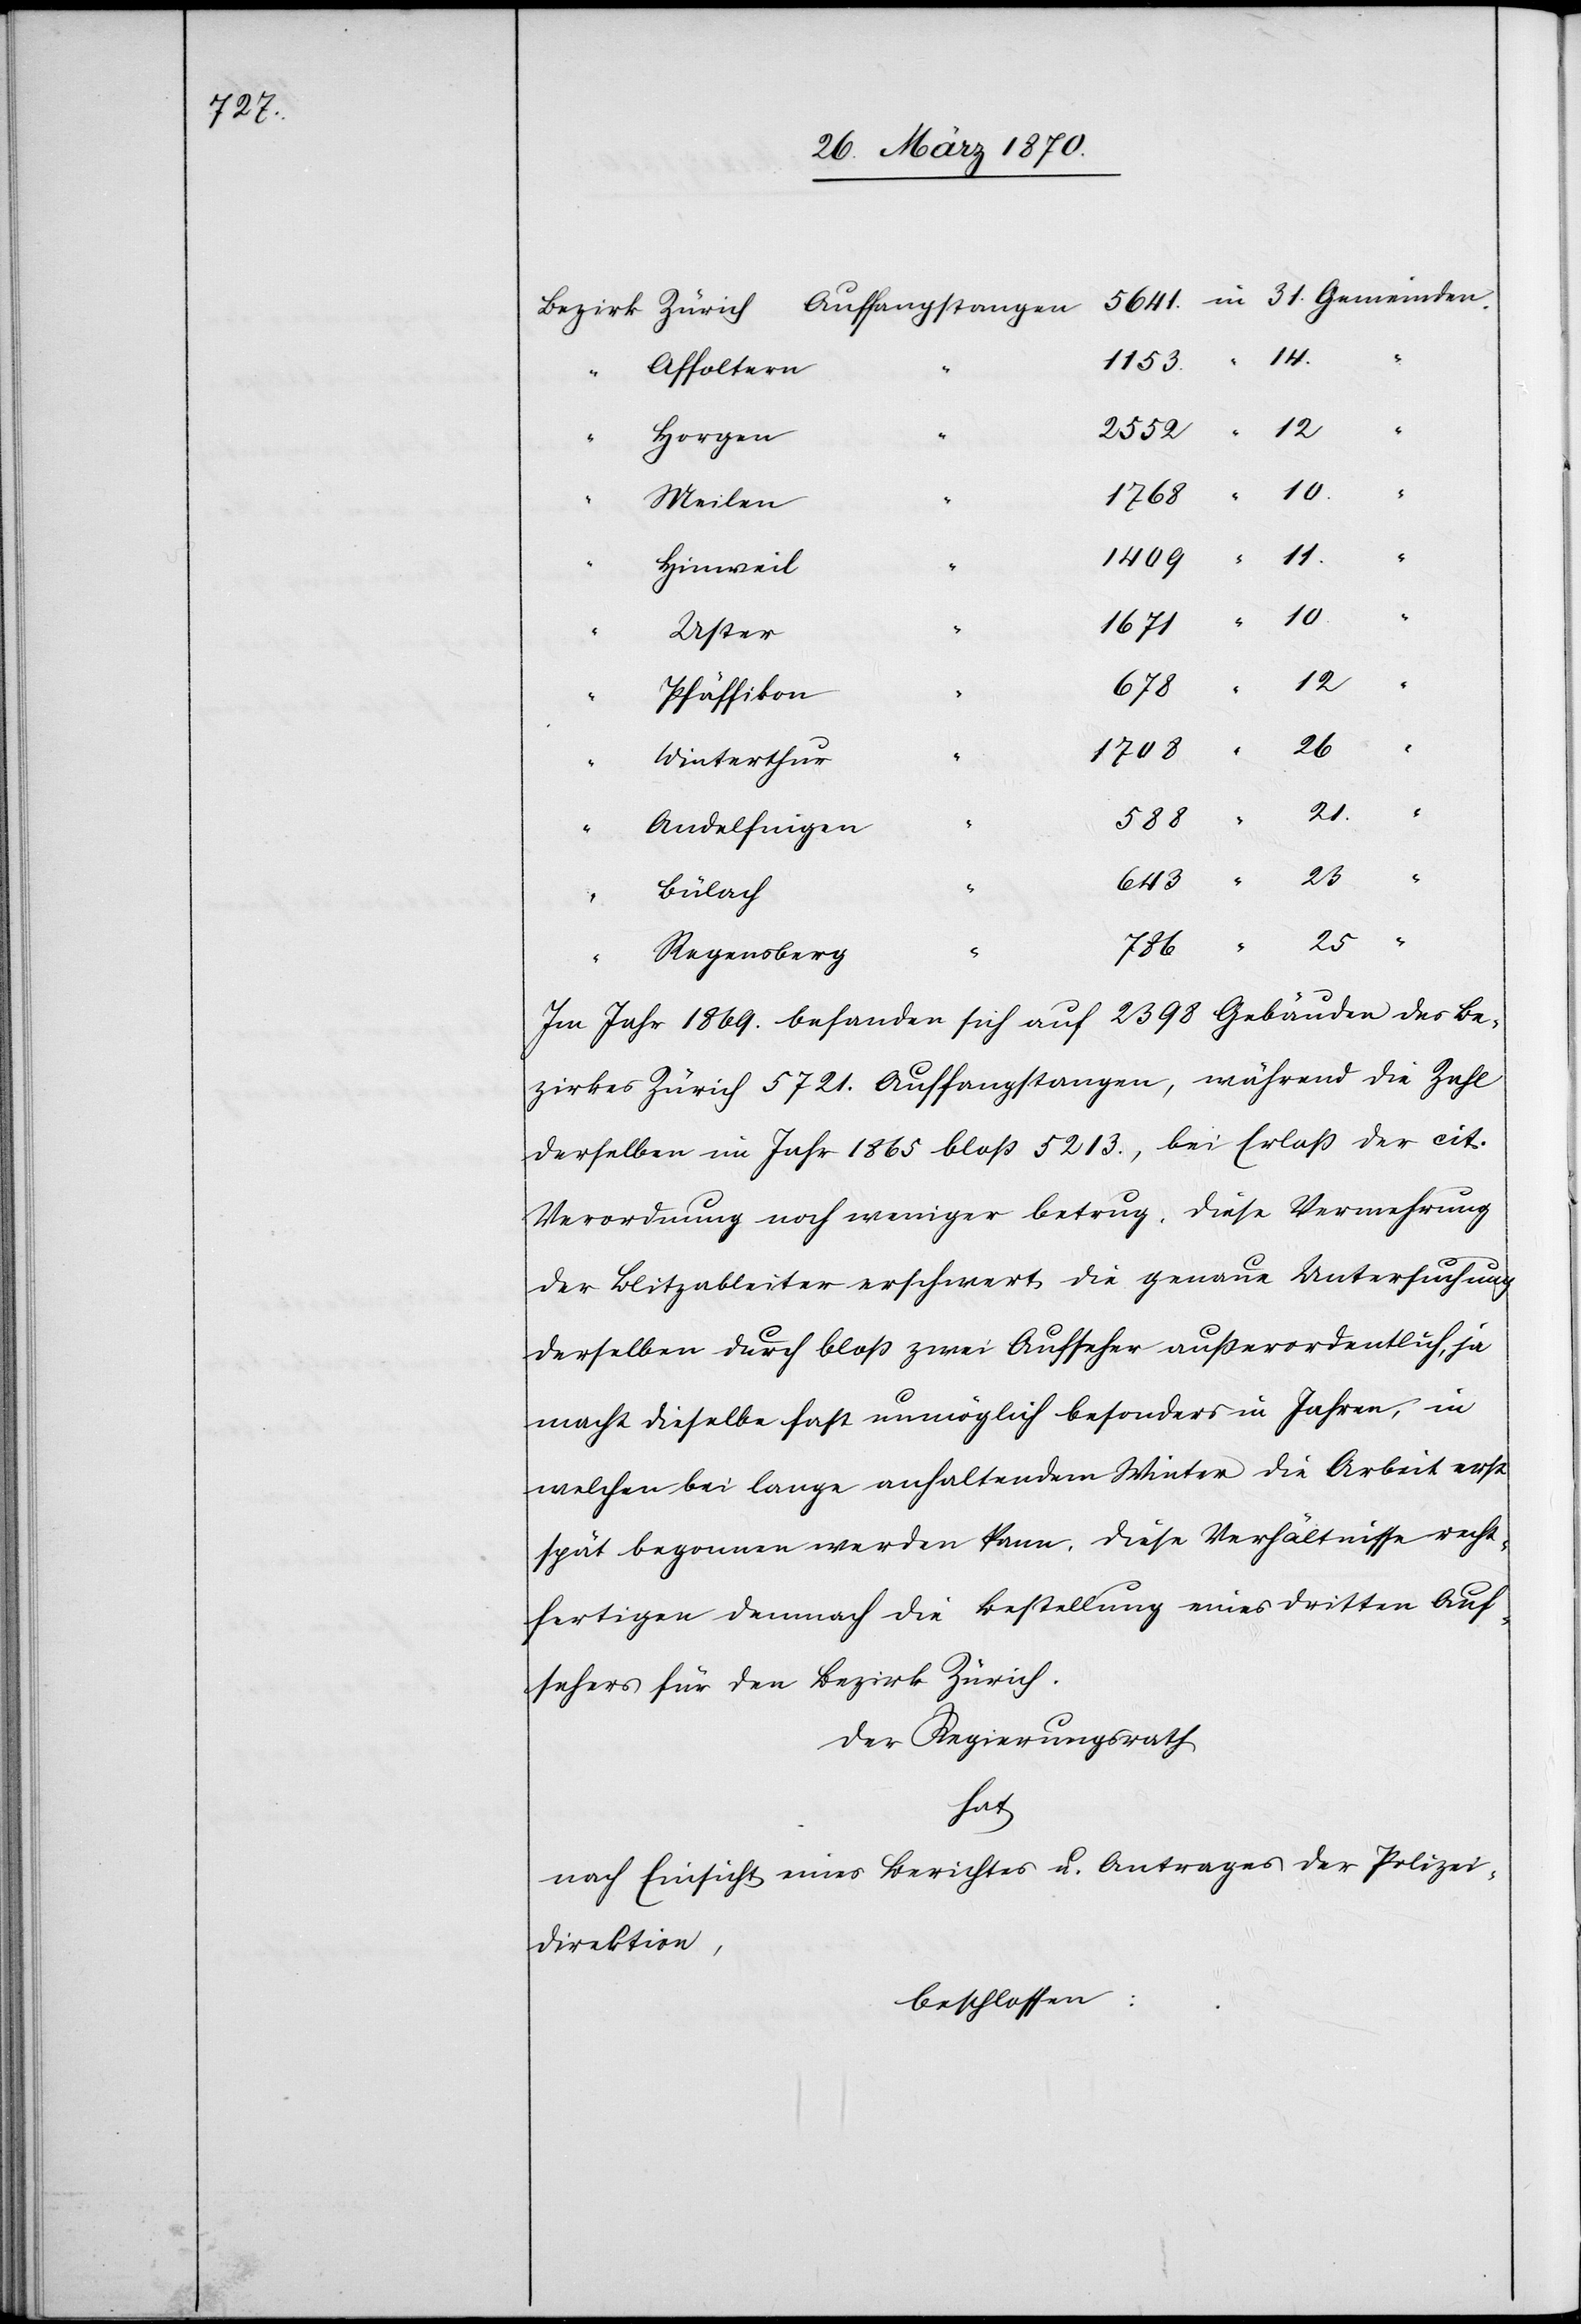
5641.

Affoltern
“
Horgen
12
Meilen
Hinweil
11.
Uster
Pfäffikon
Winterthur
“
Andelfingen
21.
23
Bülach
“
Regensberg
25
Im Jahr 1869. befanden sich auf 2398 Gebäuden des Be¬
zirkes Zürich 5721. Auffangstangen, während die Zahl
derselben imJahr 1865 bloß 5213., bei Erlaß der cit.
Verordnung noch weniger betrug. Diese Vermehrung
der Blitzableiter erschwert die genaue Untersuchung
derselben durch bloß zwei Aufseher außerordentlich, ja
macht dieselbe fast unmöglich besonders in Jahren, in
welchen bei lange anhaltendem Winter die Arbeit erst
spät begonnen werden kann. Diese Verhältnisse recht¬
fertigen demnach die Bestellung eines dritten Auf¬
sehers für den Bezirk Zürich.
Der Regierungsrath
hat
nach Einsicht eines Berichtes u. Antrages der Polizei¬
direktion,
beschlossen: